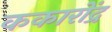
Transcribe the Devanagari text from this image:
ककारोंद्र